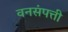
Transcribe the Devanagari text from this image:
वनसंपत्ती